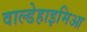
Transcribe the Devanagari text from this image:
वाल्डेहाइमिआ